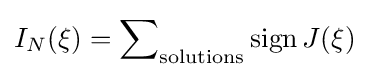
I_{N}(\xi )=\sum \nolimits _{\text{solutions}}\operatorname {sign} J(\xi )